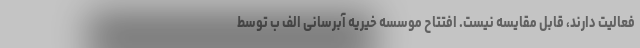
فعالیت دارند، قابل مقایسه نیست. افتتاح موسسه خیریه آبرسانی الف ب توسط